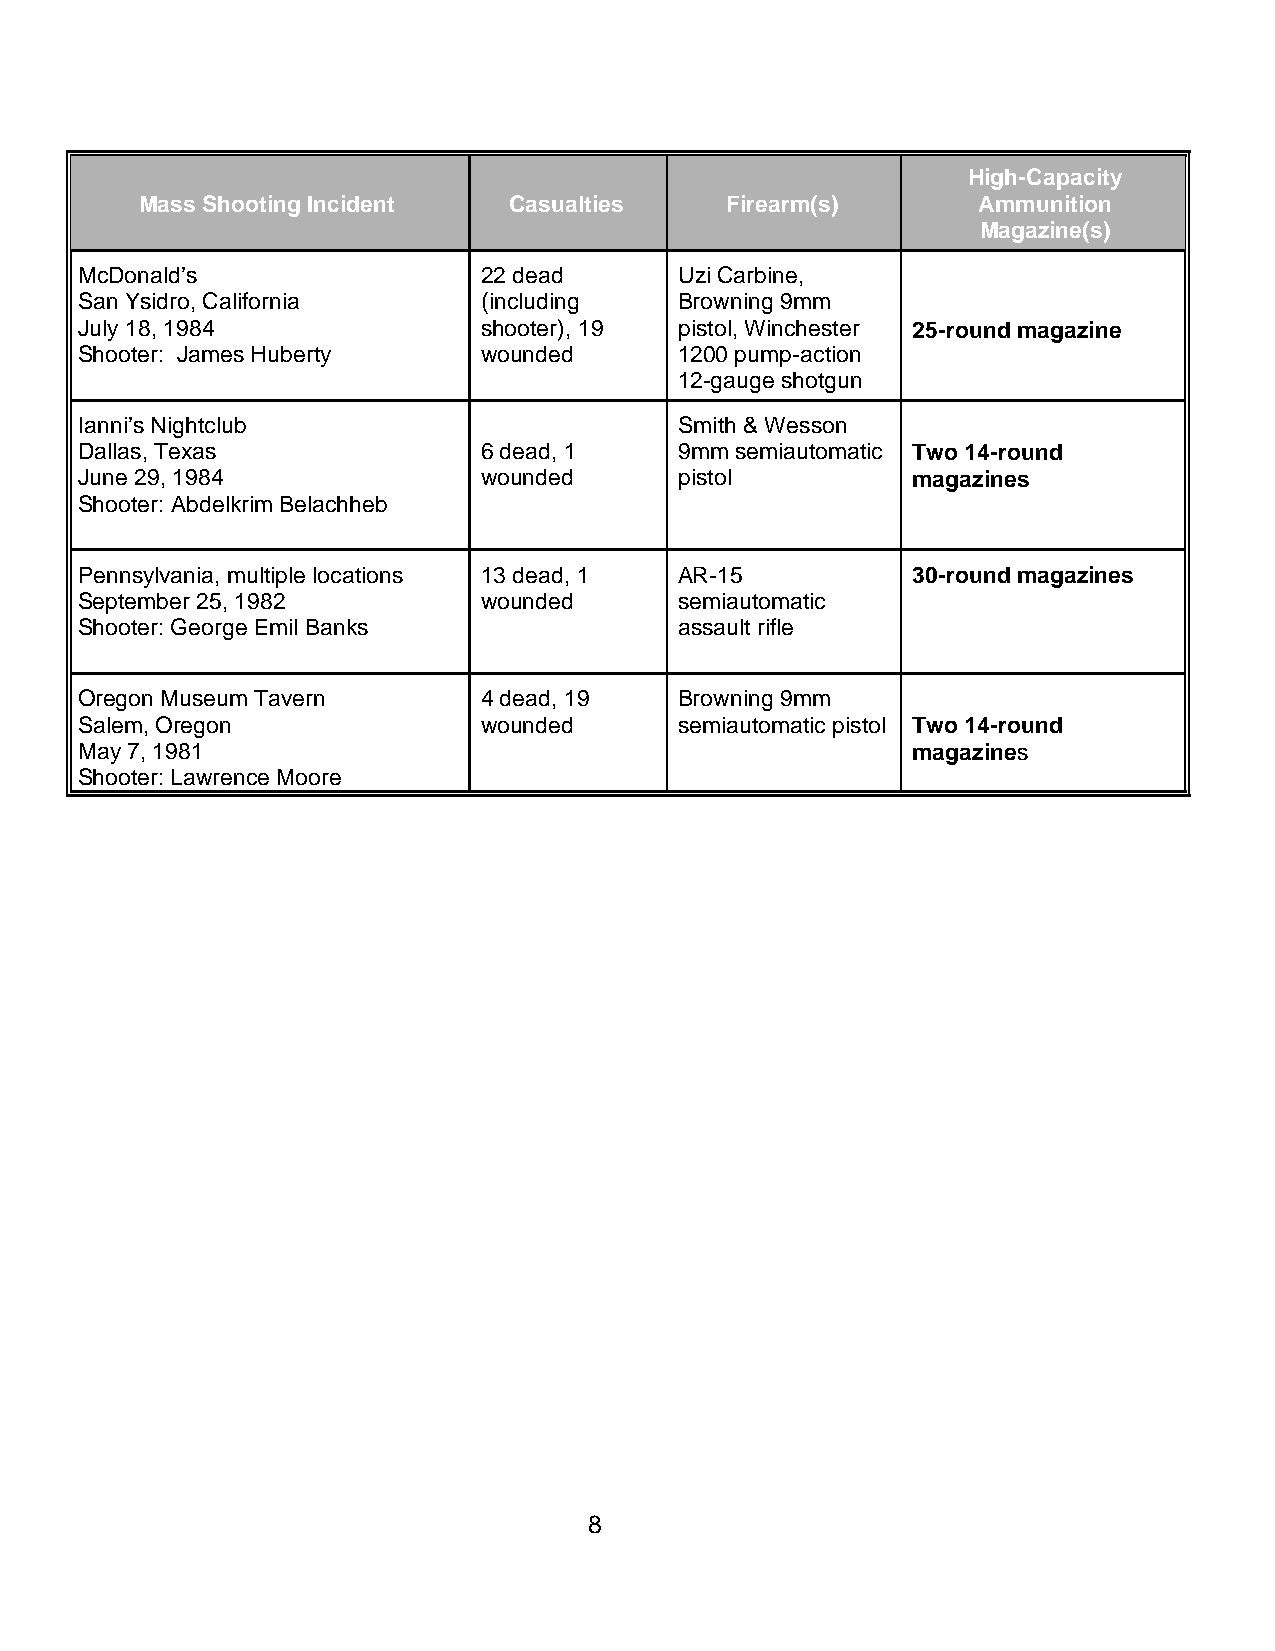
High-Capacity
 Mass Shooting Incident   Casualties    Firearm(s)       Ammunition
 Magazine(s)
 McDonald’s                 22 dead      Uzi Carbine,
 San Ysidro, California     (including   Browning 9mm
 July 18, 1984              shooter), 19 pistol, Winchester 25-round magazine
 Shooter: James Huberty     wounded      1200 pump-action
 12-gauge shotgun
 Ianni’s Nightclub                       Smith & Wesson
 Dallas, Texas              6 dead, 1    9mm semiautomatic Two 14-round
 June 29, 1984              wounded      pistol         magazines
 Shooter: Abdelkrim Belachheb
 Pennsylvania, multiple locations 13 dead, 1 AR-15      30-round magazines
 September 25, 1982         wounded      semiautomatic
 Shooter: George Emil Banks              assault rifle
 Oregon Museum Tavern       4 dead, 19   Browning 9mm
 Salem, Oregon              wounded      semiautomatic pistol Two 14-round
 May 7, 1981                                            magazines
 Shooter: Lawrence Moore
 8